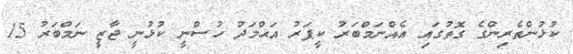
ކުޅުންތެރިންގެ ގޮތުގައި އެއްނަމްބަރު ކީޕަރު އަޙްމަދު ހުސްނީ ކުޅުނީ ޖާޒީ ނަމްބަރު 15